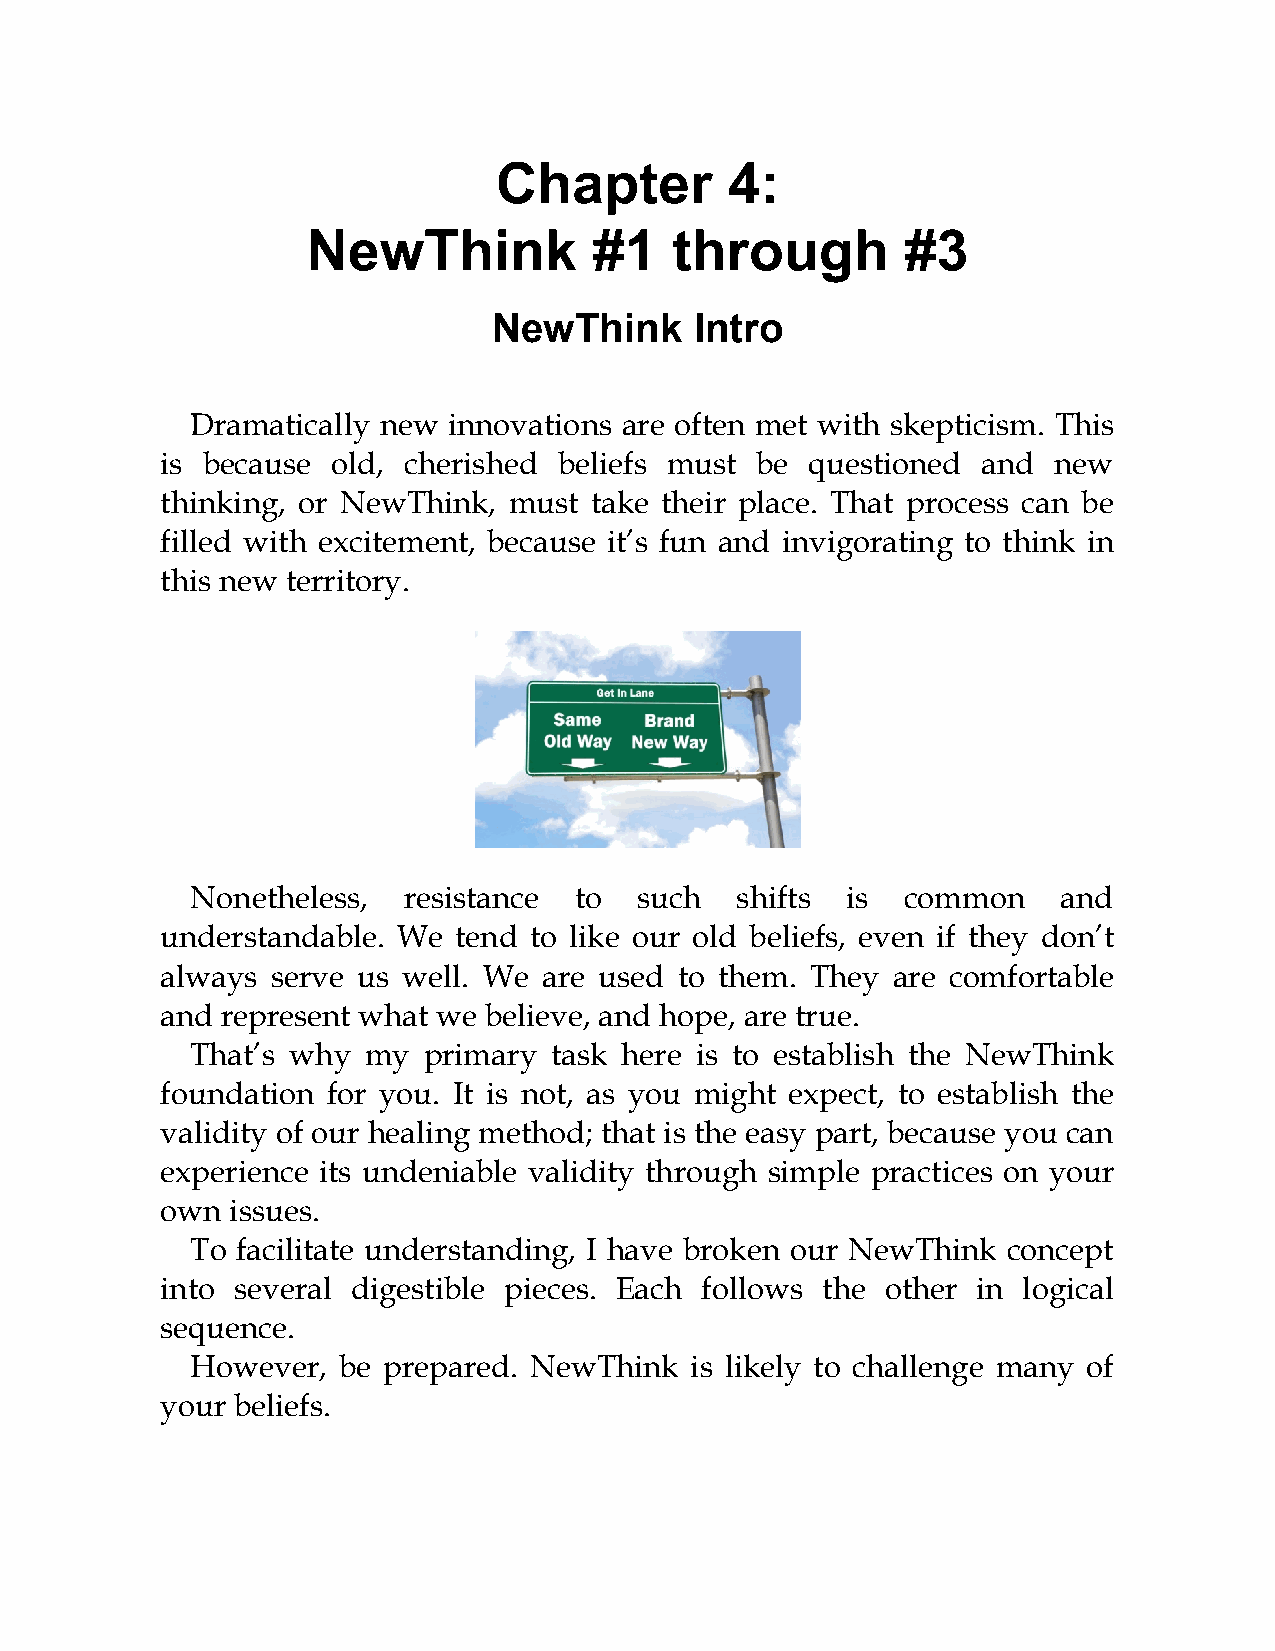
Chapter        4:
 NewThink           #1    through        #3
 NewThink     Intro
 Dramatically new innovations are often met with skepticism. This
 is because old, cherished beliefs must be  questioned and  new
 thinking, or NewThink, must take their place. That process can be
 filled with excitement, because it’s fun and invigorating to think in
 this new territory.
 Nonetheless,  resistance to  such   shifts is  common    and
 understandable. We tend to like our old beliefs, even if they don’t
 always serve us well. We are used to them. They are comfortable
 and represent what we believe, and hope, are true.
 That’s why my  primary task here is to establish the NewThink
 foundation for you. It is not, as you might expect, to establish the
 validity of our healing method; that is the easy part, because you can
 experience its undeniable validity through simple practices on your
 own issues.
 To facilitate understanding, I have broken our NewThink concept
 into several digestible pieces. Each follows the other in logical
 sequence.
 However, be prepared. NewThink   is likely to challenge many of
 your beliefs.